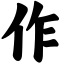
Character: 作